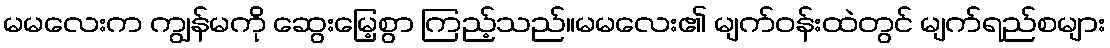
မမလေးက ကျွန်မကို ဆွေးမြေ့စွာ ကြည့်သည်။မမလေး၏ မျက်ဝန်းထဲတွင် မျက်ရည်စများ